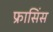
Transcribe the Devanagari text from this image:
फ्रासिंस